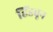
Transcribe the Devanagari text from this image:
हिंडवून